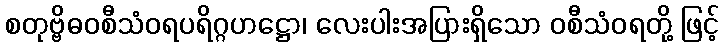
စတုဗ္ဗိဓဝစီသံဝရပရိဂ္ဂဟဋ္ဌော၊ လေးပါးအပြားရှိသော ဝစီသံဝရတို့ ဖြင့်